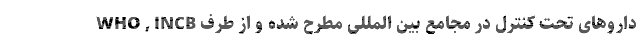
دارو‌های تحت کنترل در مجامع بین المللی مطرح شده و از طرف WHO , INCB